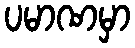
ပမာဏမှာ